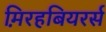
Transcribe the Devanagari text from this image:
म़िरहबियरर्स